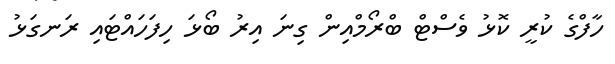
ހާފްގެ ކުރީ ކޮޅު ވެސްޓް ބްރޯމްއިން ގިނަ އިރު ބޯޅަ ހިފަހައްޓައި ރަނގަޅު